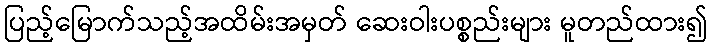
ပြည့်မြောက်သည့်အထိမ်းအမှတ် ဆေးဝါးပစ္စည်းများ မူတည်ထား၍